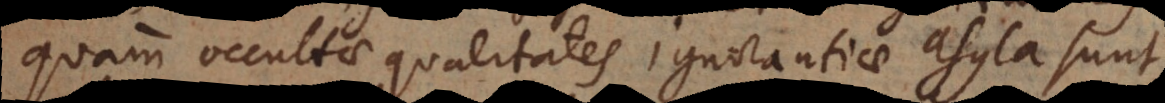
quam occultae qualitates ignorantiae asyla sunt.